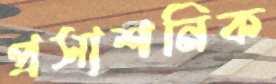
প্রসাশনিক